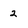
Character: 2